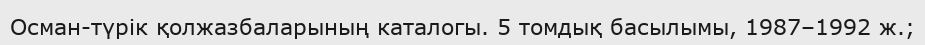
Осман-түрік қолжазбаларының каталогы. 5 томдық басылымы, 1987–1992 ж.;